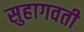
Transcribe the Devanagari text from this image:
सुहागवती